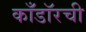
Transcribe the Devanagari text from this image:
काँडॉरची